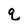
Character: q